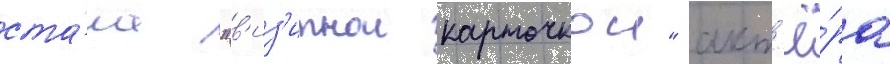
ста́ла "в'из'итнои карточкои" акт'ё́ра